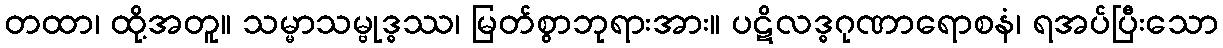
တထာ၊ ထို့အတူ။ သမ္မာသမ္ဗုဒ္ဓဿ၊ မြတ်စွာဘုရားအား။ ပဋိလဒ္ဓဂုဏာရောစနံ၊ ရအပ်ပြီးသော